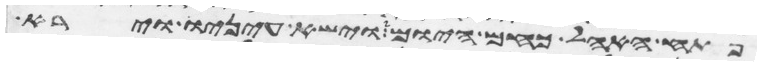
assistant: פתח האהל כחם היום וישא עיניו וירא